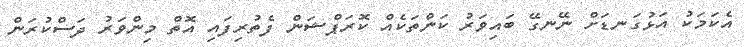
އެކަމަކު އަޅުގަނޑަށް ނޭނގޭ ބައިވަރު ކަންތަކެއް ކޮރަޕްޝަން ފެތުރިފައި އޮތް މިންވަރު ދަސްކުރަން